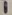
Text: 1